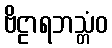
ဗိဠာရဘသ္တံဝ